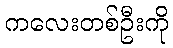
ကလေးတစ်ဦးကို